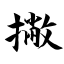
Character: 撇